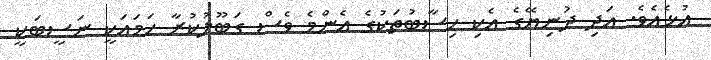
އުޅެއެވެ. އަދި ދުނިޔޭގެ އެކި ހިސާބުތަކުގެ އެންމެ ވެސް ގަބޫލުކުރާ ހަމައަކީ ނަސީބަކީ